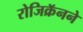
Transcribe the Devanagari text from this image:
रोजिक्रॅनने